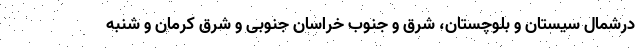
درشمال سیستان و بلوچستان، شرق و جنوب خراسان جنوبی و شرق کرمان و شنبه